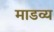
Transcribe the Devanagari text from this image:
माडव्य